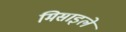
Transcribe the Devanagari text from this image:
मिसाइले